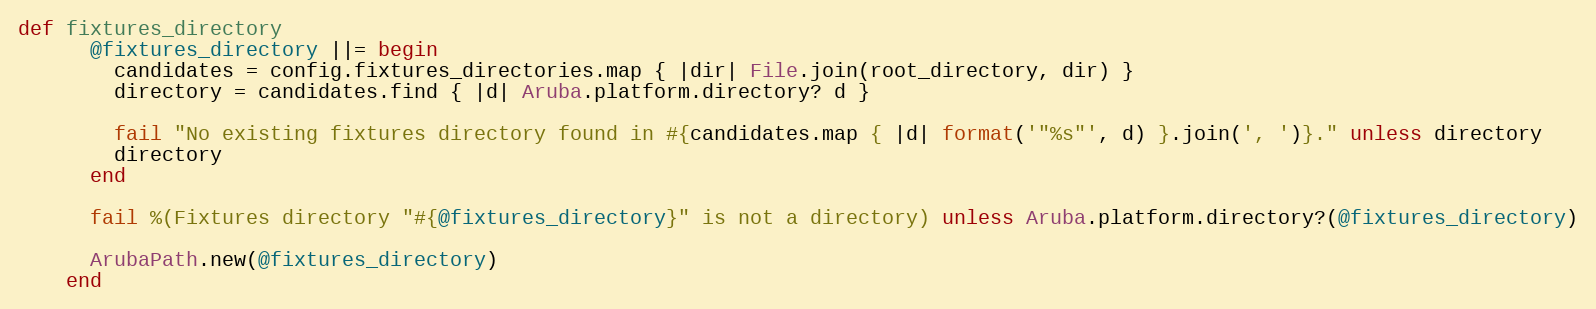
Language: Ruby
def fixtures_directory
      @fixtures_directory ||= begin
        candidates = config.fixtures_directories.map { |dir| File.join(root_directory, dir) }
        directory = candidates.find { |d| Aruba.platform.directory? d }

        fail "No existing fixtures directory found in #{candidates.map { |d| format('"%s"', d) }.join(', ')}." unless directory
        directory
      end

      fail %(Fixtures directory "#{@fixtures_directory}" is not a directory) unless Aruba.platform.directory?(@fixtures_directory)

      ArubaPath.new(@fixtures_directory)
    end